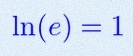
\ln(e)=1